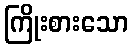
ကြိုးစားသော